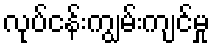
လုပ်ငန်းကျွမ်းကျင်မှု